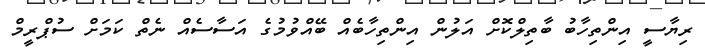
ރިޔާސީ އިންތިހާބު ބާތިލްކޮށް އަލުން އިންތިހާބެއް ބޭއްވުމުގެ އަސާސެއް ނެތް ކަމަށް ސުޕްރީމް